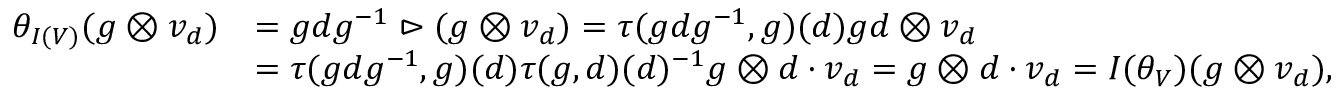
\begin{array} { r l } { \theta _ { I ( V ) } ( g \otimes v _ { d } ) } & { = g d g ^ { - 1 } \vartriangleright ( g \otimes v _ { d } ) = \tau ( g d g ^ { - 1 } , g ) ( d ) g d \otimes v _ { d } } \\ & { = \tau ( g d g ^ { - 1 } , g ) ( d ) \tau ( g , d ) ( d ) ^ { - 1 } g \otimes d \cdot v _ { d } = g \otimes d \cdot v _ { d } = I ( \theta _ { V } ) ( g \otimes v _ { d } ) , } \end{array}